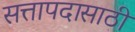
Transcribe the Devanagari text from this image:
सत्तापदासाठी